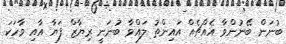
ބުނަން ބޭނުންވާ އެއްޗެއް އައިންތު ލައްވާ ބުނަނީ ރިޔާޒް ފަޔާ އާއި ވާހަކަ